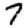
Digit: 7